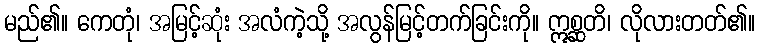
မည်၏။ ကေတုံ၊ အမြင့်ဆုံး အလံကဲ့သို့ အလွန်မြင့်တက်ခြင်းကို။ ဣစ္ဆတိ၊ လိုလားတတ်၏။